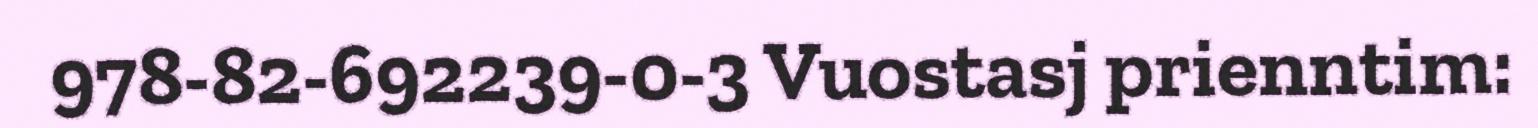
978-82-692239-0-3 Vuostasj prienntim: